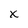
Character: x